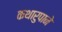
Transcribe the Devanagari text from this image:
कथारुपाने